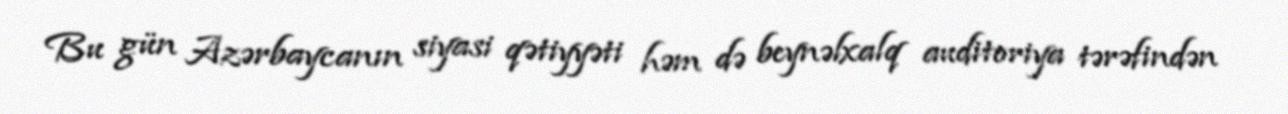
Bu gün Azərbaycanın siyasi qətiyyəti həm də beynəlxalq auditoriya tərəfindən